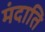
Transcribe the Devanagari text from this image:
मंदाति